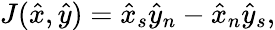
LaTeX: J(\hat{x},\hat{y})=\hat{x}_{s}\hat{y}_{n}-\hat{x}_{n}\hat{y}_{s},